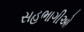
સહભાગીઓ